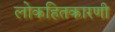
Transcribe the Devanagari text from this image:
लोकहितकारणी